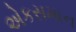
એકસમાન